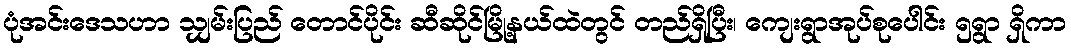
ပုံအင်းဒေသဟာ သျှမ်းပြည် တောင်ပိုင်း ဆီဆိုင်မြို့နယ်ထဲတွင် တည်ရှိပြီး၊ ကျေးရွာအုပ်စုပေါင်း ၅ရွာ ရှိကာ